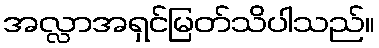
အလ္လာအရှင်မြတ်သိပါသည်။